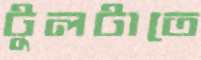
টুলটাতে